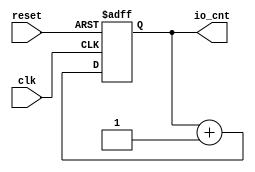
// http://hdl.huangzzk.info/
// http://neilturley.dev/netlistsvg/
// http://www.clifford.at/yosys/nogit/YosysJS/snapshot/demo02.html

module counter #(
  parameter integer WIDTH = 4
)(
  output wire [WIDTH:0] io_cnt,
  input  wire           clk,
  input  wire           reset
);
  reg [WIDTH:0]   counter;
  assign io_cnt = counter;

  always @ (posedge clk or posedge reset) begin
    if (reset) begin
      counter <= 'h0;
    end else begin
      counter <= counter + 1'b1;
    end
  end
endmodule